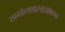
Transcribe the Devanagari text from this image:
खगोलशास्त्रज्ञावरुन